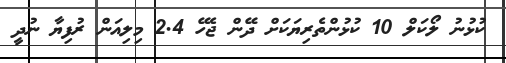
ކުޅުނު ލޯކަލް 10 ކުޅުންތެރިޔަކަށް ދޭން ޖެހޭ 2.4 މިލިއަން ރުފިޔާ ނުދީ